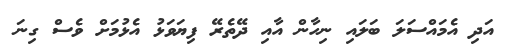
އަދި އެމައްސަލަ ބަލައި ނިހާން އާއި ދޭތެރޭ ފިޔަވަޅު އެޅުމަށް ވެސް ގިނަ